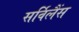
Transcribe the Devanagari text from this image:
सर्विलैंस